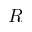
\cal { R }